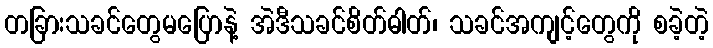
တခြားသခင်တွေမပြောနဲ့ အဲဒီသခင်စိတ်ဓါတ်၊ သခင်အကျင့်တွေကို စခဲ့တဲ့